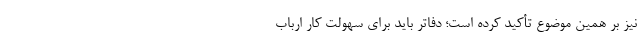
نیز بر همین موضوع تأکید کرده است؛ دفاتر باید برای سهولت کار ارباب